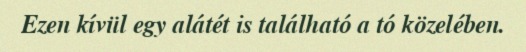
Ezen kívül egy alátét is található a tó közelében.